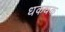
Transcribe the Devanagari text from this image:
धकधक